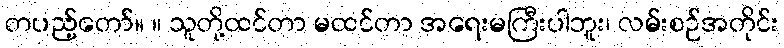
တပည့်တော်။ ။ သူတို့ထင်တာ မထင်တာ အရေးမကြီးပါဘူး၊ လမ်းစဉ်အတိုင်း